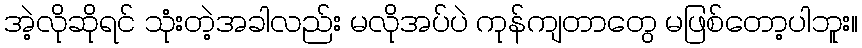
အဲ့လိုဆိုရင် သုံးတဲ့အခါလည်း မလိုအပ်ပဲ ကုန်ကျတာတွေ မဖြစ်တော့ပါဘူး။